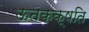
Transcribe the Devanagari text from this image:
ऊतकक्षति